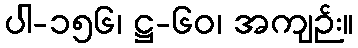
ပါ-၁၅၆၊ ဋ္ဌ-၆၀၊ အကျဉ်း။